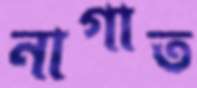
নাগাত